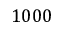
1 0 0 0